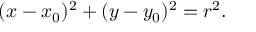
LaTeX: ( x - x _ { 0 } ) ^ { 2 } + ( y - y _ { 0 } ) ^ { 2 } = r ^ { 2 } .